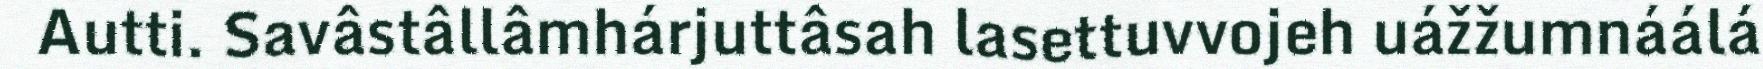
Autti. Savâstâllâmhárjuttâsah lasettuvvojeh uážžumnáálá